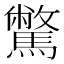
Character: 𩦉